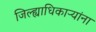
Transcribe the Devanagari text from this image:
जिल्ह्याधिकाऱ्यांना